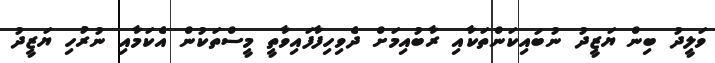
ވަލީދު ބިން ޔަޒީދު ނުބައިކަންތަކާއި ރާބުއިމަށް ދެވިހިފާފައިވާތީ މީސްތަކުން އެކަމާއި ނުރުހި ޔަޒީދު